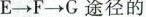
E \rightarrow F \rightarrow G途径的